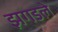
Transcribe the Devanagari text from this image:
झगडले